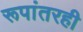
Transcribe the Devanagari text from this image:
रूपांतरही